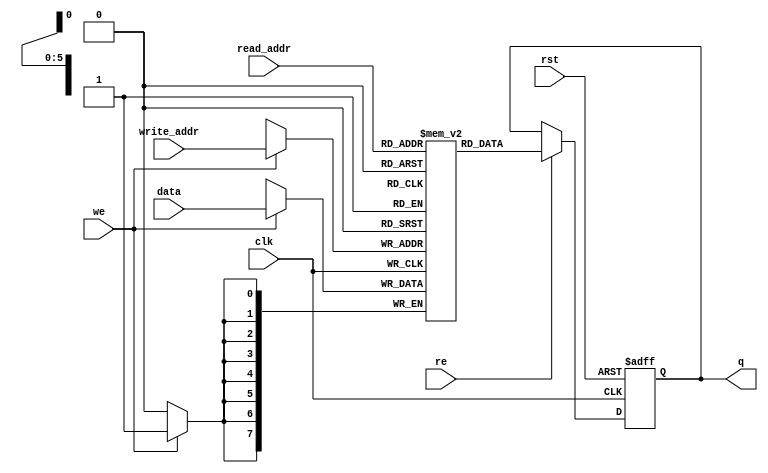
module simple_dual_port_ram_dual_clock
#(parameter DATA_WIDTH=8, parameter ADDR_WIDTH=6)
(
	input [(DATA_WIDTH-1):0] data,
	input [(ADDR_WIDTH-1):0] read_addr, write_addr,
	input we, re, clk, rst,
	output reg [(DATA_WIDTH-1):0] q
);
	
	// Declare the RAM variable
	reg [DATA_WIDTH-1:0] ram[2**ADDR_WIDTH-1:0];
	
	always @ (posedge clk)
	begin
		// Write
		if (we)
			ram[write_addr] <= data;
	end
	
	always @ (posedge clk or negedge rst)
	begin
		if(!rst)
			q <= 'd0;
		// Read
		else
			if(re)
				q <= ram[read_addr];
	end
	
endmodule